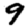
Digit: 9